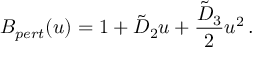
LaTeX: B _ { p e r t } ( u ) = 1 + \tilde { D } _ { 2 } u + { \frac { \tilde { D } _ { 3 } } { 2 } } u ^ { 2 } \, .